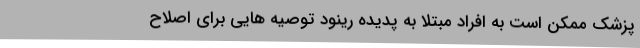
پزشک ممکن است به افراد مبتلا به پدیده رینود توصیه هایی برای اصلاح